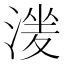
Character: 𣹶